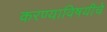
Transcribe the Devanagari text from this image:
करण्याविषयीचे